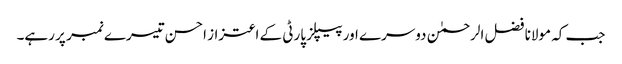
جب کہ مولانا فضل الرحمٰن دوسرے اور پیپلز پارٹی کے اعتزاز احسن تیسرے نمبر پر رہے۔